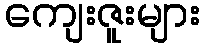
ကျေးဇူးများ